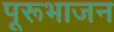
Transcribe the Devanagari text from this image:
पूरूभाजन